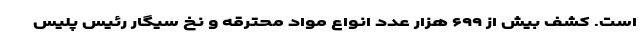
است. کشف بیش از ۶۹۹ هزار عدد انواع مواد محترقه و نخ سیگار رئیس پلیس